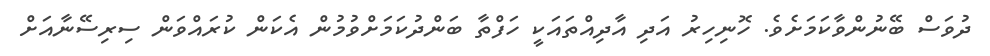
ދުވަސް ބޭނުންވާކަމަށެވެ. ހޮނިހިރު އަދި އާދިއްތައަކީ ހަފްތާ ބަންދުކަމަށްވުމުން އެކަން ކުރައްވަން ސިރިސޭނާއަށް